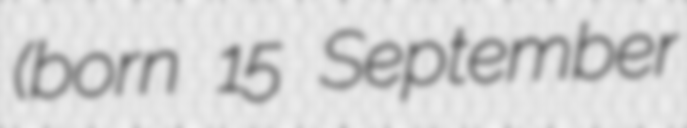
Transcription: (born 15 September